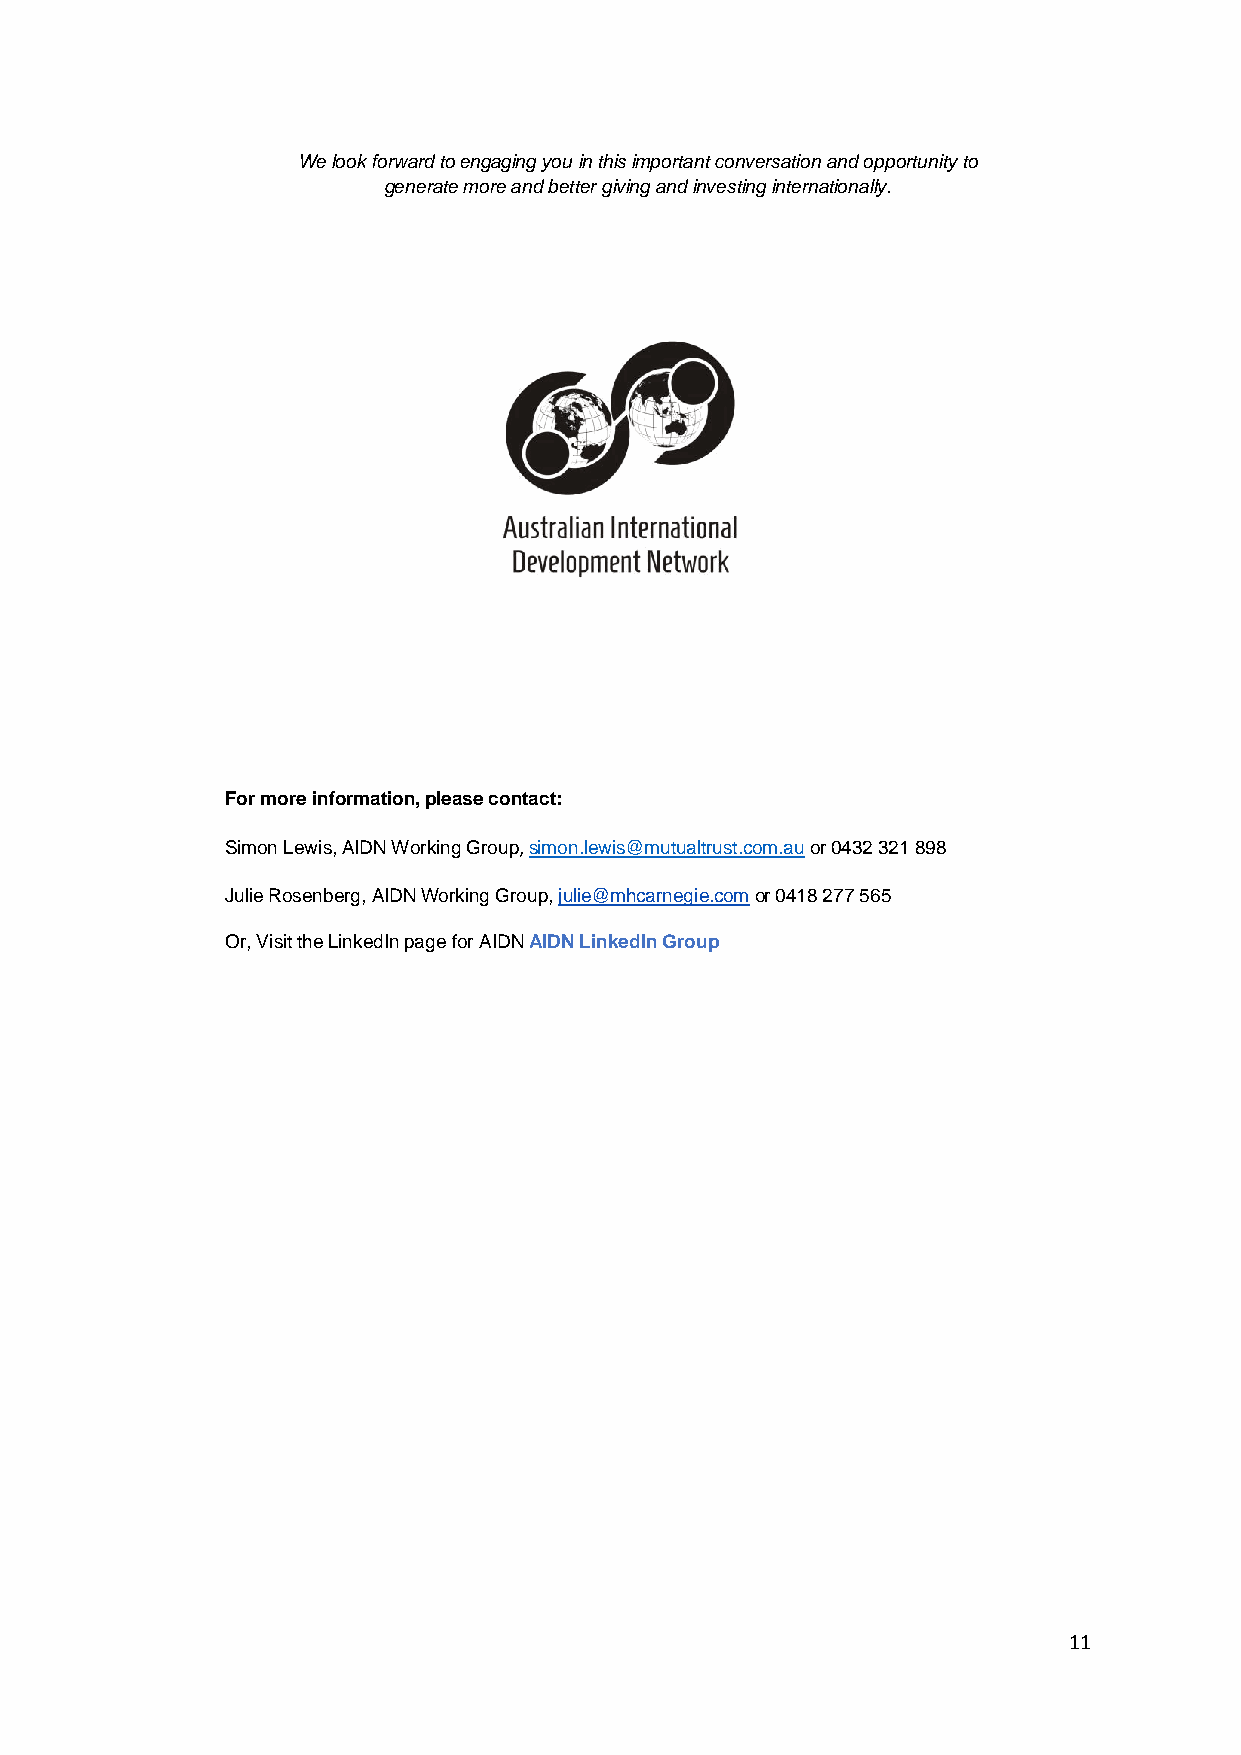
We look forward to engaging you in this important conversation and opportunity to
 generate more and better giving and investing internationally.
 For more information, please contact:
 Simon Lewis, AIDN Working Group, simon.lewis@mutualtrust.com.au or 0432 321 898
 Julie Rosenberg, AIDN Working Group, julie@mhcarnegie.com or 0418 277 565
 Or, Visit the LinkedIn page for AIDN AIDN LinkedIn Group
 11